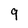
Character: 9